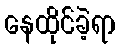
နေထိုင်ခဲ့ရာ